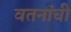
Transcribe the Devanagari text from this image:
वतनांची